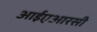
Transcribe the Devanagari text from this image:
आईएआरसी